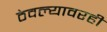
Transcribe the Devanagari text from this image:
ठेवल्यावरही